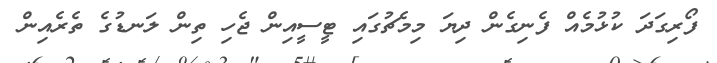
ފޯރިގަދަ ކުޅުމެއް ފެނިގެން ދިޔަ މިމެޗުގައި ޓީސީއިން ޖެހި ތިން ލަނޑުގެ ތެރެއިން